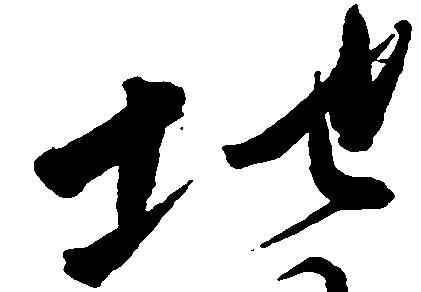
地